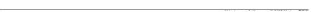
___